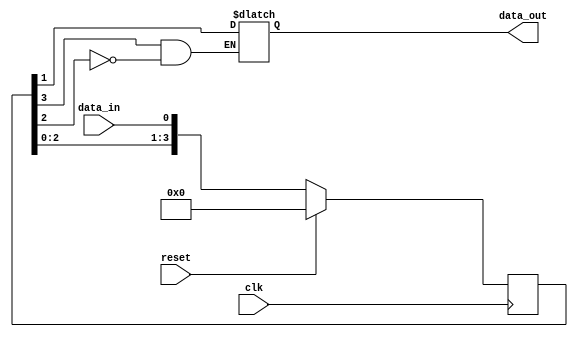
module synchronizer (
    input wire clk,
    input wire reset,
    input wire data_in,
    output reg data_out
);

reg [3:0] sync_signals;

always @(posedge clk) begin
    if (reset) begin
        sync_signals <= 4'b0000;
    end else begin
        sync_signals <= {sync_signals[2:0], data_in};
    end
end

always @(*) begin
    if (sync_signals[3] && !sync_signals[2]) begin
        data_out <= sync_signals[1];
    end
end

endmodule